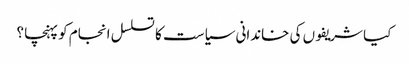
کیا شریفوں کی خاندانی سیاست کا تسلسل انجام کو پہنچا ؟